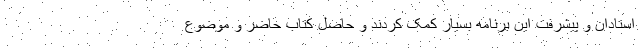
استادان و پیشرفت این برنامه بسیار کمک کردند و حاصل کتاب حاضر و موضوع